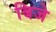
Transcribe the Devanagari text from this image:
बिजे